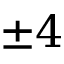
\pm 4